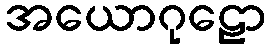
အယောဂုဠော